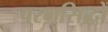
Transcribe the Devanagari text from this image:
परमसिद्धों